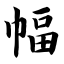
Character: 幅